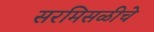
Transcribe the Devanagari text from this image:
सरमिसळीचे